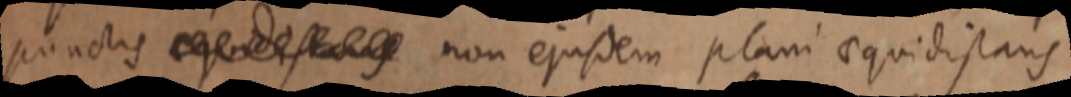
punctis _ non ejusdem plani aequidistans